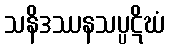
သနိဒဿနသပ္ပဋိဃံ